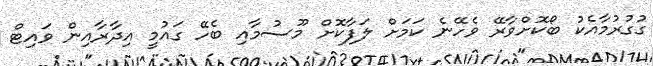
ގުގުރުމާއެކު ބޯކޮށްވާރޭ ވެހޭނެ ކަމަށް ލަފާކޮށް މޫސުމާއި ބެހޭ ގައުމީ އިދާރާއިން ވައިޓް